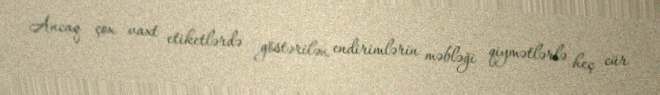
Ancaq çox vaxt etiketlərdə göstərilən endirimlərin məbləği qiymətlərlə heç cür